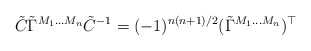
\begin{align*}\tilde{C} \tilde{\Gamma}^{M_1 \ldots M_n} \tilde{C}^{-1} = (-1)^{n(n+1)/2} (\tilde{\Gamma}^{M_1 \ldots M_n})^{\top}\end{align*}